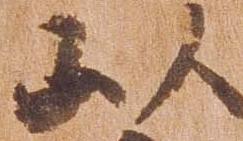
以